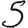
Digit: 5